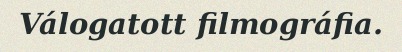
Válogatott filmográfia.